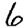
Digit: 6